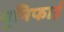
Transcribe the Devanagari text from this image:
यूनिफाई